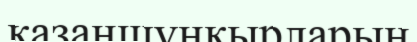
қазаншұңқырларын